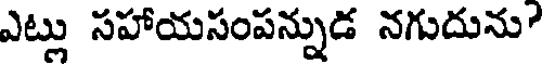
ఎట్లు సహాయసంపన్నుడ నగుదును?